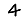
Digit: 4